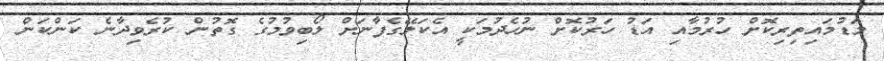
މަޑުމައިތިރިކޮށް ހުރުމާއި އަޑު ހަރުކޮށް ނުހެދުމަކީ އެކަލޭގެފާނަށް ލޯބިވުމުގެ ގޮތުން ކުރެވިދާނެ ކަންކަން